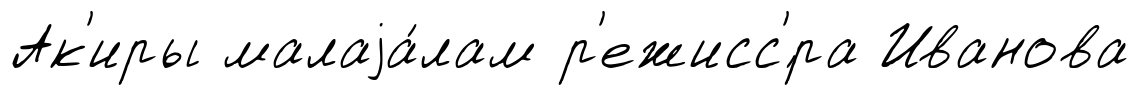
Ак'иры малаjа́лам р'ежисс'́ра Иванова